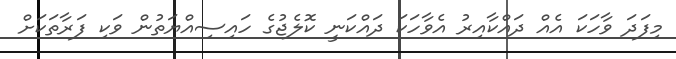
މިފަދަ ވާހަކަ އެއް ދައްކާއިރު އެވާހަކަ ދައްކަނީ ކޮލެޖުގެ ހައިސިއްޔަތުން ވަކި ފަރާތަކަށް